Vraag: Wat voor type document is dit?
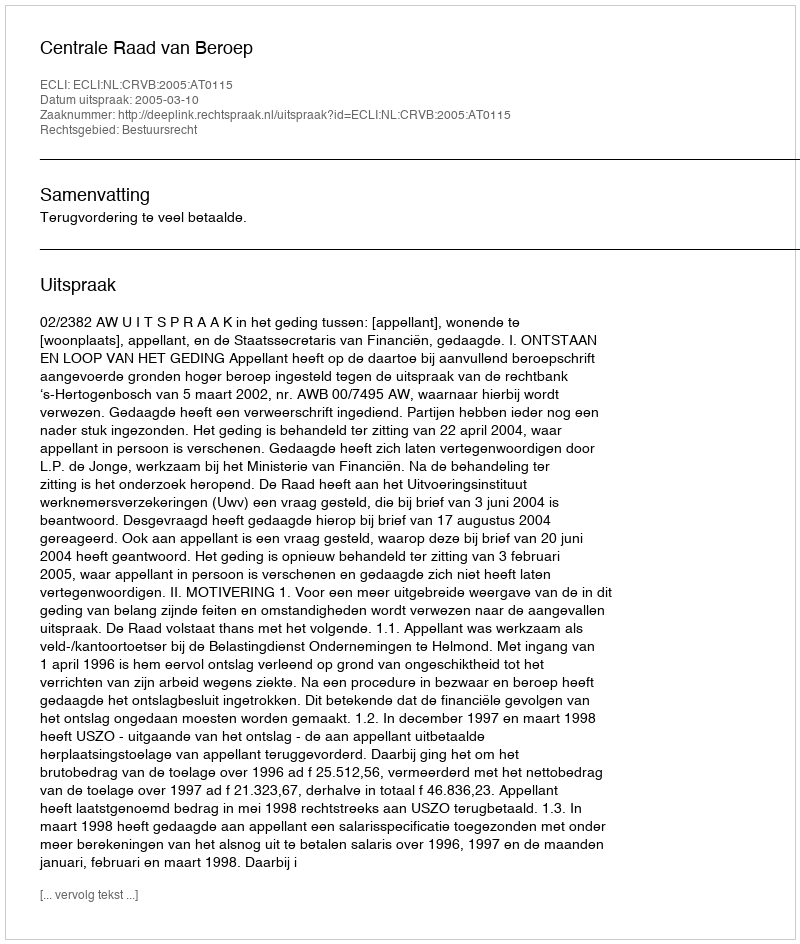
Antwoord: Uitspraak